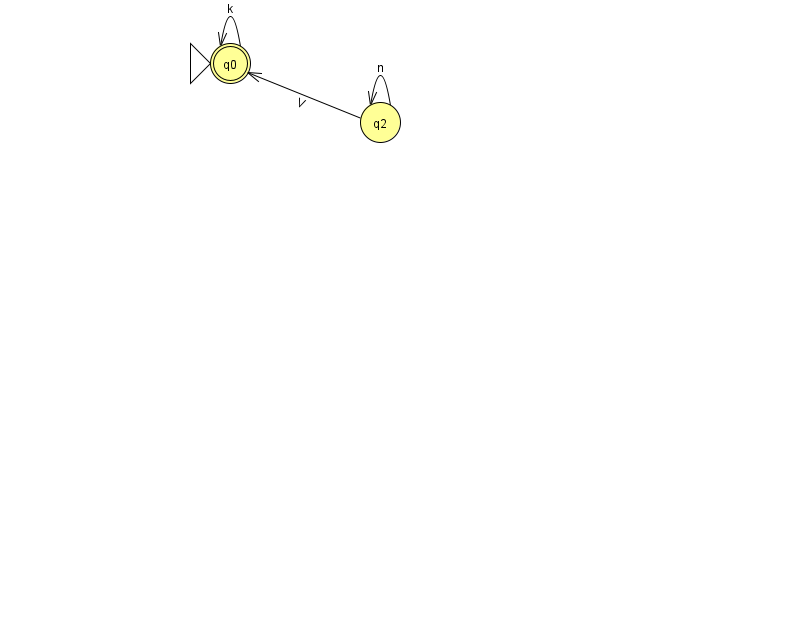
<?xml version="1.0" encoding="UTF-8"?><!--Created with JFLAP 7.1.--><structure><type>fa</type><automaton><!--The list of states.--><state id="0" name="q0"><x>230.0</x><y>50.0</y><initial/><final/></state><state id="2" name="q2"><x>380.0</x><y>109.0</y></state><!--The list of transitions.--><transition><from>0</from><to>0</to><read>k</read></transition><transition><from>2</from><to>0</to><read>V</read></transition><transition><from>2</from><to>2</to><read>n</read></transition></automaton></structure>